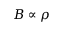
B \propto \rho